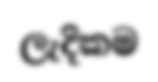
ලැදිකම